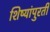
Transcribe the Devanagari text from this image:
शिष्यांपुरती